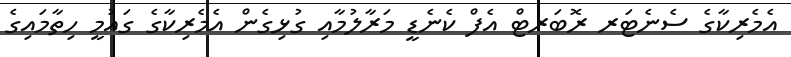
އެމެރިކާގެ ސެނެޓަރ ރޮބަރޓް އެފް ކެނެޑީ މަރާލުމާއި ގުޅިގެން އެމެރިކާގެ ގައުމީ ހިތާމައިގެ